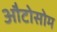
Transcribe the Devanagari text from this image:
औटोसोम